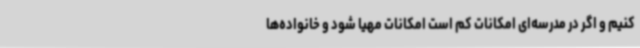
کنیم و اگر در مدرسه‌ای امکانات کم است امکانات مهیا شود و خانواده‌ها